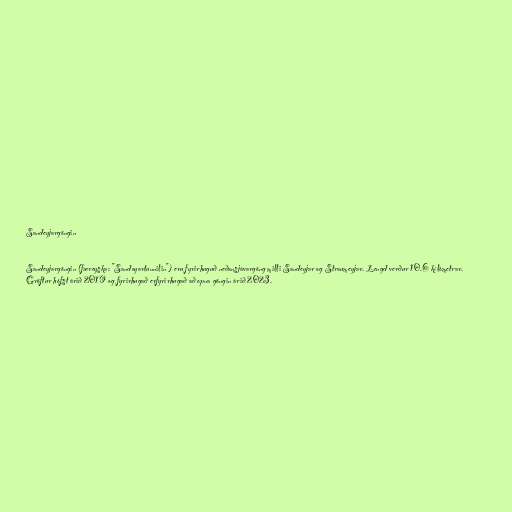
Sandeyjargöngin

Sandeyjargöngin (færeyska: "Sandoyartunnilin") eru fyrirhuguð neðansjávargöng milli Sandeyjar og Straumeyjar. Lengd verður 10.6 kílómetrar.
Gröftur hófst árið 2019 og fyrirhugað erfyrirhugað að opna göngin árið 2023.